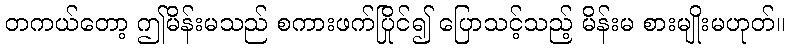
တကယ်တော့ ဤမိန်းမသည် စကားဖက်ပြိုင်၍ ပြောသင့်သည့် မိန်းမ စားမျိုးမဟုတ်။